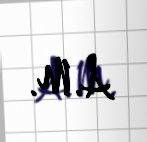
A.M.